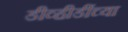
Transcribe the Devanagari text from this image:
डीव्हीडींच्या